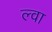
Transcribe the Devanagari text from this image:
ल्वा